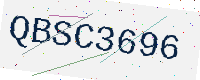
Text: QBSC3696